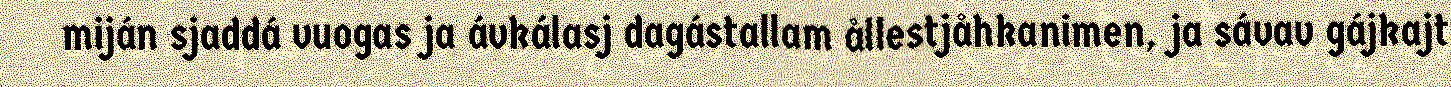
miján sjaddá vuogas ja ávkálasj dagástallam ållestjåhkanimen, ja sávav gájkajt